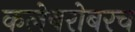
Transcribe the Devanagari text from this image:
कलेबरोबरच